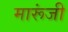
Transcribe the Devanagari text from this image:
मारूंजी